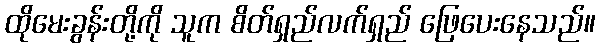
ထိုမေးခွန်းတို့ကို သူက စိတ်ရှည်လက်ရှည် ဖြေပေးနေသည်။